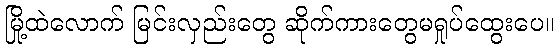
မြို့ထဲလောက် မြင်းလှည်းတွေ ဆိုက်ကားတွေမရှုပ်ထွေးပေ။